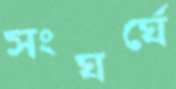
সংঘর্ঘে